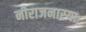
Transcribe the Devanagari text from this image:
नीराजनास्याः